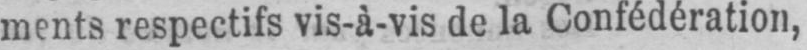
ments respectifs vis-à-vis de la Confédération,